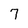
Character: 7